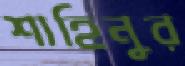
শাহিনুর